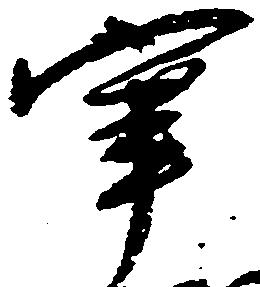
宰